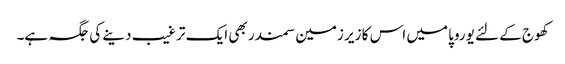
کھوج کے لئے یوروپا میں اس کا زیر زمین سمندر بھی ایک ترغیب دینے کی جگہ ہے۔